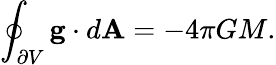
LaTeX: \oint_{\partial V}\mathbf{g}\cdot d\mathbf{A}=-4\pi GM.